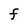
Character: F